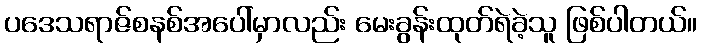
ပဒေသရာဇ်စနစ်အပေါ်မှာလည်း မေးခွန်းထုတ်ရဲခဲ့သူ ဖြစ်ပါတယ်။